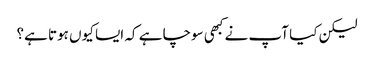
لیکن کیا آپ نے کبھی سوچا ہے کہ ایسا کیوں ہوتا ہے؟